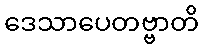
ဒေသာပေတဗ္ဗာတိ